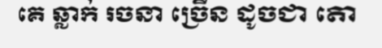
គេ ឆ្លាក់ រចនា ច្រើន ដូចជា តោ